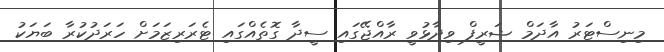
މިނިސްޓަރު އާދަމް ޝަރީފް ވިދާޅުވީ ރާއްޖޭގައި ސީދާ ގޮތެއްގައި ޓެރަރިޒަމަށް ހަރަދުކުރާ ބަޔަކު